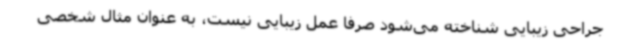
جراحی زیبایی شناخته می‌شود صرفا عمل زیبایی نیست، به عنوان مثال شخصی